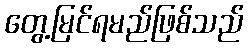
တွေ့မြင်ရမည်ဖြစ်သည်